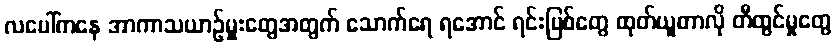
လပေါ်ကနေ အာကာသယာဉ်မှူးတွေအတွက် သောက်ရေ ရအောင် ရင်းမြစ်တွေ ထုတ်ယူတာလို တီထွင်မှုတွေ